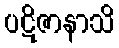
ပဋိဇာနာသိ